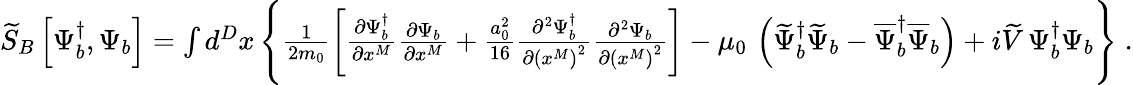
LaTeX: \begin{array}{r}{\widetilde{S}_{B}\left[\Psi_{b}^{\dagger},\Psi_{b}\right]=\int d^{D}x\, \Bigg\{ \frac{1}{2m_{0}}\left[\frac{\partial\Psi_{b}^{\dagger}}{\partial x^{M}}\frac{\partial\Psi_{b}}{\partial x^{M}}+\frac{a_{0}^{2}}{16}\frac{\partial^{2}\Psi_{b}^{\dagger}}{\partial\left(x^{M}\right)^{2}}\frac{\partial^{2}\Psi_{b}}{\partial\left(x^{M}\right)^{2}}\right]-\mu_{0}\, \left(\widetilde{\Psi}_{b}^{\dagger}\widetilde{\Psi}_{b}-\overline{{\Psi}}_{b}^{\dagger}\overline{{\Psi}}_{b}\right)+i\widetilde{V}\, \Psi_{b}^{\dagger}\Psi_{b}\Bigg\} \; .}\end{array}